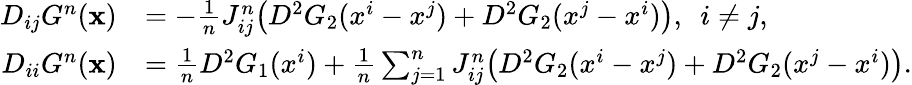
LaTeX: \begin{array}{rl}{D_{ij}G^{n}(\mathbf{x})}&{=-\frac{1}{n}J_{ij}^{n}\big(D^{2}G_{2}(x^{i}-x^{j})+D^{2}G_{2}(x^{j}-x^{i})\big),\ \ i\neq j,}\\ {D_{ii}G^{n}(\mathbf{x})}&{=\frac{1}{n}D^{2}G_{1}(x^{i})+\frac{1}{n}\sum_{j=1}^{n}J_{ij}^{n}\big(D^{2}G_{2}(x^{i}-x^{j})+D^{2}G_{2}(x^{j}-x^{i})\big).}\end{array}